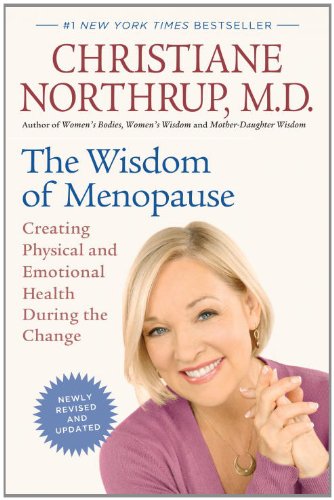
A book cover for The Wisdom of Menopause (Revised Edition): Creating Physical and Emotional Health During the Change; Christiane Northrup M.D.; Health, Fitness & Dieting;